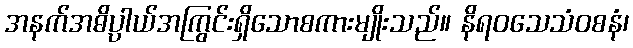
အနက်အဓိပ္ပာယ်အကြွင်းရှိသောစကားမျိုးသည်။ နိရဝသေသံဝစနံ၊